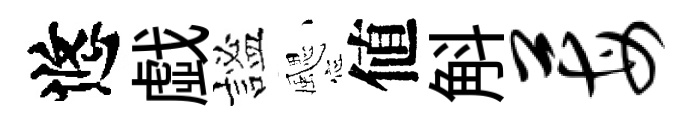
悠戯謐颸値斛莓